Vaccination North-Western Provinces and Oudh 1896-1901 - 1896-1901
Year: 1896
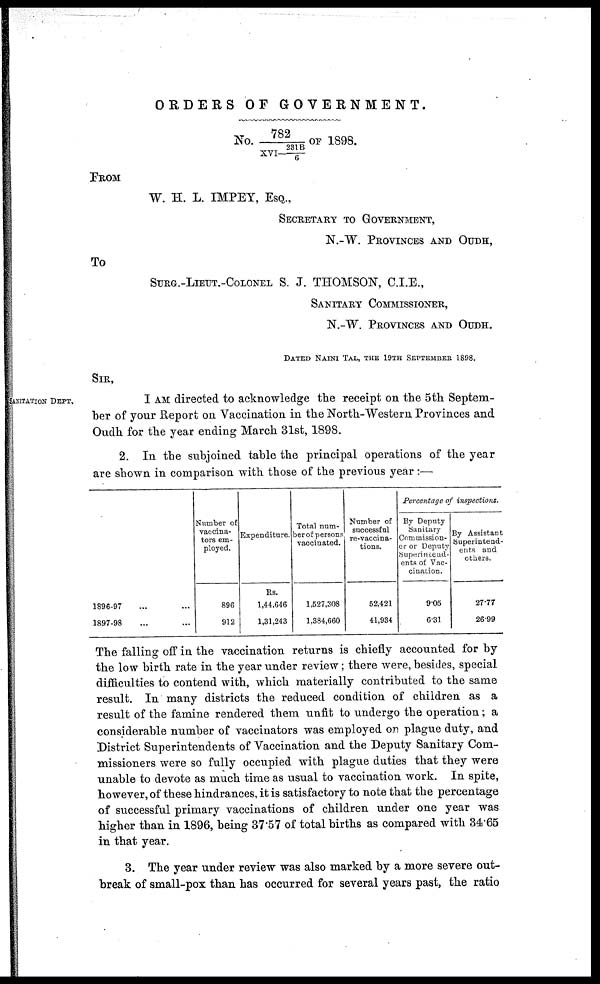
ORDERS OF
GOVERNMENT.
No. 782/XVI—231B/6 OF 1898.
FROM
W. H. L. IMPEY, ESQ.,
SECRETARY TO GOVERNMENT,
N.-W. PROVINCES AND OUDH,
To
SURG.-LIEUT.-COLONEL S. J. THOMSON, C.I.E.,
SANITARY COMMISSIONER,
N.-W. PROVINCES AND OUDH,
DATED NAINI TAL, THE 19TH SEPTEMBER 1898.
SIR,
SANITATION DEPT.
I AM directed to acknowledge the receipt on the 5th Septem-
ber of your Report on Vaccination in the North-Western Provinces and
Oudh for the year ending March 31st, 1898.
2. In the subjoined table the principal operations of the year
are shown in comparison with those of the previous year :—
1896-97 ... ...
1897-98 ... ...
Number of
vaccina¬
tors em-
ployed.
896
912
Expenditure.
Rs.
1,44,646
1,31,243
Total num-
ber of persons
vaccinated.
1,527,308
1,384,660
Number of
successful
re-vaccina-
tions.
52,421
41,934
Percentage of inspections.
By Deputy
Sanitary
Commission-
er or Deputy
Superintend-
ents of Vac-
cination.
9.05
6.31
By Assistant
Superintend-
ents and
others.
27.77
26.99
The falling off in the vaccination returns is chiefly accounted for by
the low birth rate in the year under review; there were, besides, special
difficulties to contend with, which materially contributed to the same
result. In many districts the reduced condition of children as a
result of the famine rendered them unfit to undergo the operation; a
considerable number of vaccinators was employed on plague duty, and
District Superintendents of Vaccination and the Deputy Sanitary Com-
missioners were so fully occupied with plague duties that they were
unable to devote as much time as usual to vaccination work. In spite,
however, of these hindrances, it is satisfactory to note that the percentage
of successful primary vaccinations of children under one year was
higher than in 1896, being 37.57 of total births as compared with 34.65
in that year.
3. The year under review was also marked by a more severe out-
break of small-pox than has occurred for several years past, the ratio